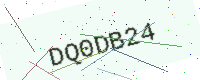
Text: DQ0DB24